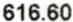
616.60